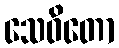
သေဝိတော